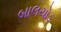
બાલચોડ